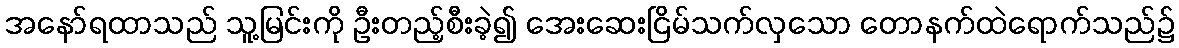
အနော်ရထာသည် သူ့မြင်းကို ဦးတည့်စီးခဲ့၍ အေးဆေးငြိမ်သက်လှသော တောနက်ထဲရောက်သည်၌